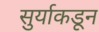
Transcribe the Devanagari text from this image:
सुर्याकडून